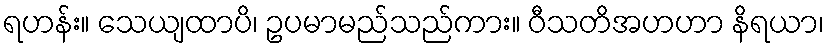
ရဟန်း။ သေယျထာပိ၊ ဥပမာမည်သည်ကား။ ဝီသတိအဟဟာ နိရယာ၊